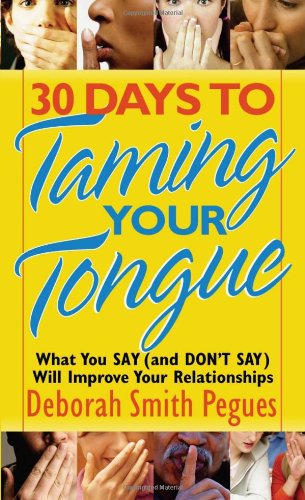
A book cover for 30 Days to Taming Your Tongue: What You Say (and Don't Say) Will Improve Your Relationships; Deborah Smith Pegues; Reference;